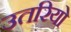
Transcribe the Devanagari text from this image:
उतरियो